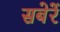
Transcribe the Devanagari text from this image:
सबेरें